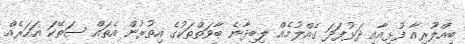
ބިއްލޫރިއާ ފުޅިއާއި ދަޅުފަދަ ގެއްލުމެއް ލިބިދާނެ ބާވަތްތަކުގެ އިތުރުން އެތައް ސަތޭކަ އަހަރެއް